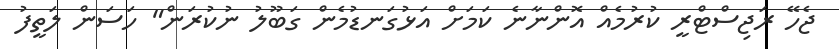
ޖެހޭ ރަޖިސްޓްރީ ކުރުމެއް އޮންނާނެ ކަމަށް އަޅުގަނޑުމެން ގަބޫލު ނުކުރަން" ހަސަން ލަތީފު